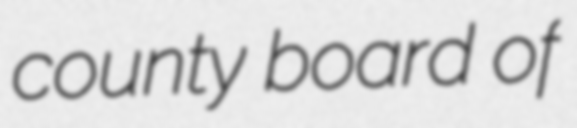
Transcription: county board of